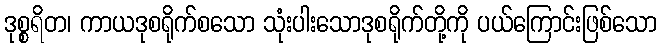
ဒုစ္စရိတ၊ ကာယဒုစရိုက်စသော သုံးပါးသောဒုစရိုက်တို့ကို ပယ်ကြောင်းဖြစ်သော